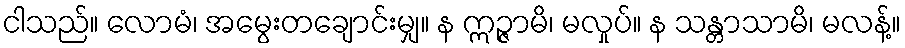
ငါသည်။ လောမံ၊ အမွေးတချောင်းမျှ။ န ဣဉ္ဇာမိ၊ မလှုပ်။ န သန္တာသာမိ၊ မလန့်။